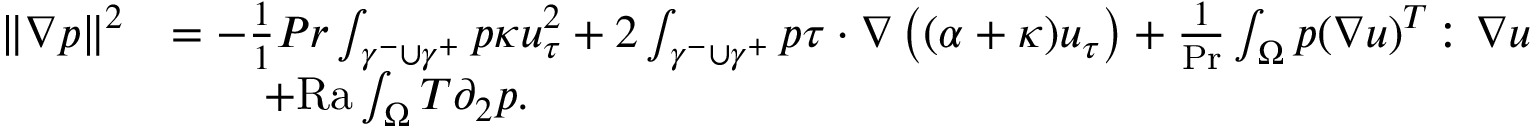
\begin{array} { r l } { \| \nabla p \| ^ { 2 } } & { = - \frac { 1 } { 1 } { { P r } } \int _ { \gamma ^ { - } \cup \gamma ^ { + } } p \kappa u _ { \tau } ^ { 2 } + 2 \int _ { \gamma ^ { - } \cup \gamma ^ { + } } p \tau \cdot \nabla \left( ( \alpha + \kappa ) u _ { \tau } \right) + \frac { 1 } { \mathrm { P r } } \int _ { \Omega } p ( \nabla u ) ^ { T } \colon \nabla u } \\ & { \qquad + \mathrm { { R a } } \int _ { \Omega } T \partial _ { 2 } p . } \end{array}